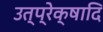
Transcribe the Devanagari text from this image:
उत्प्रेक्षादि